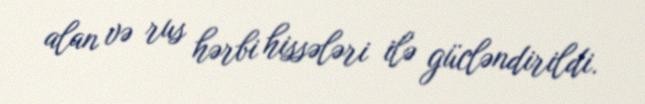
alan və rus hərbi hissələri ilə gücləndirildi.